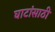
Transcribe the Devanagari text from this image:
घाटांसाठी